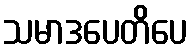
သမာဒပေတိပေ